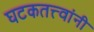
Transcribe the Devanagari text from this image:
घटकतत्त्वांनी